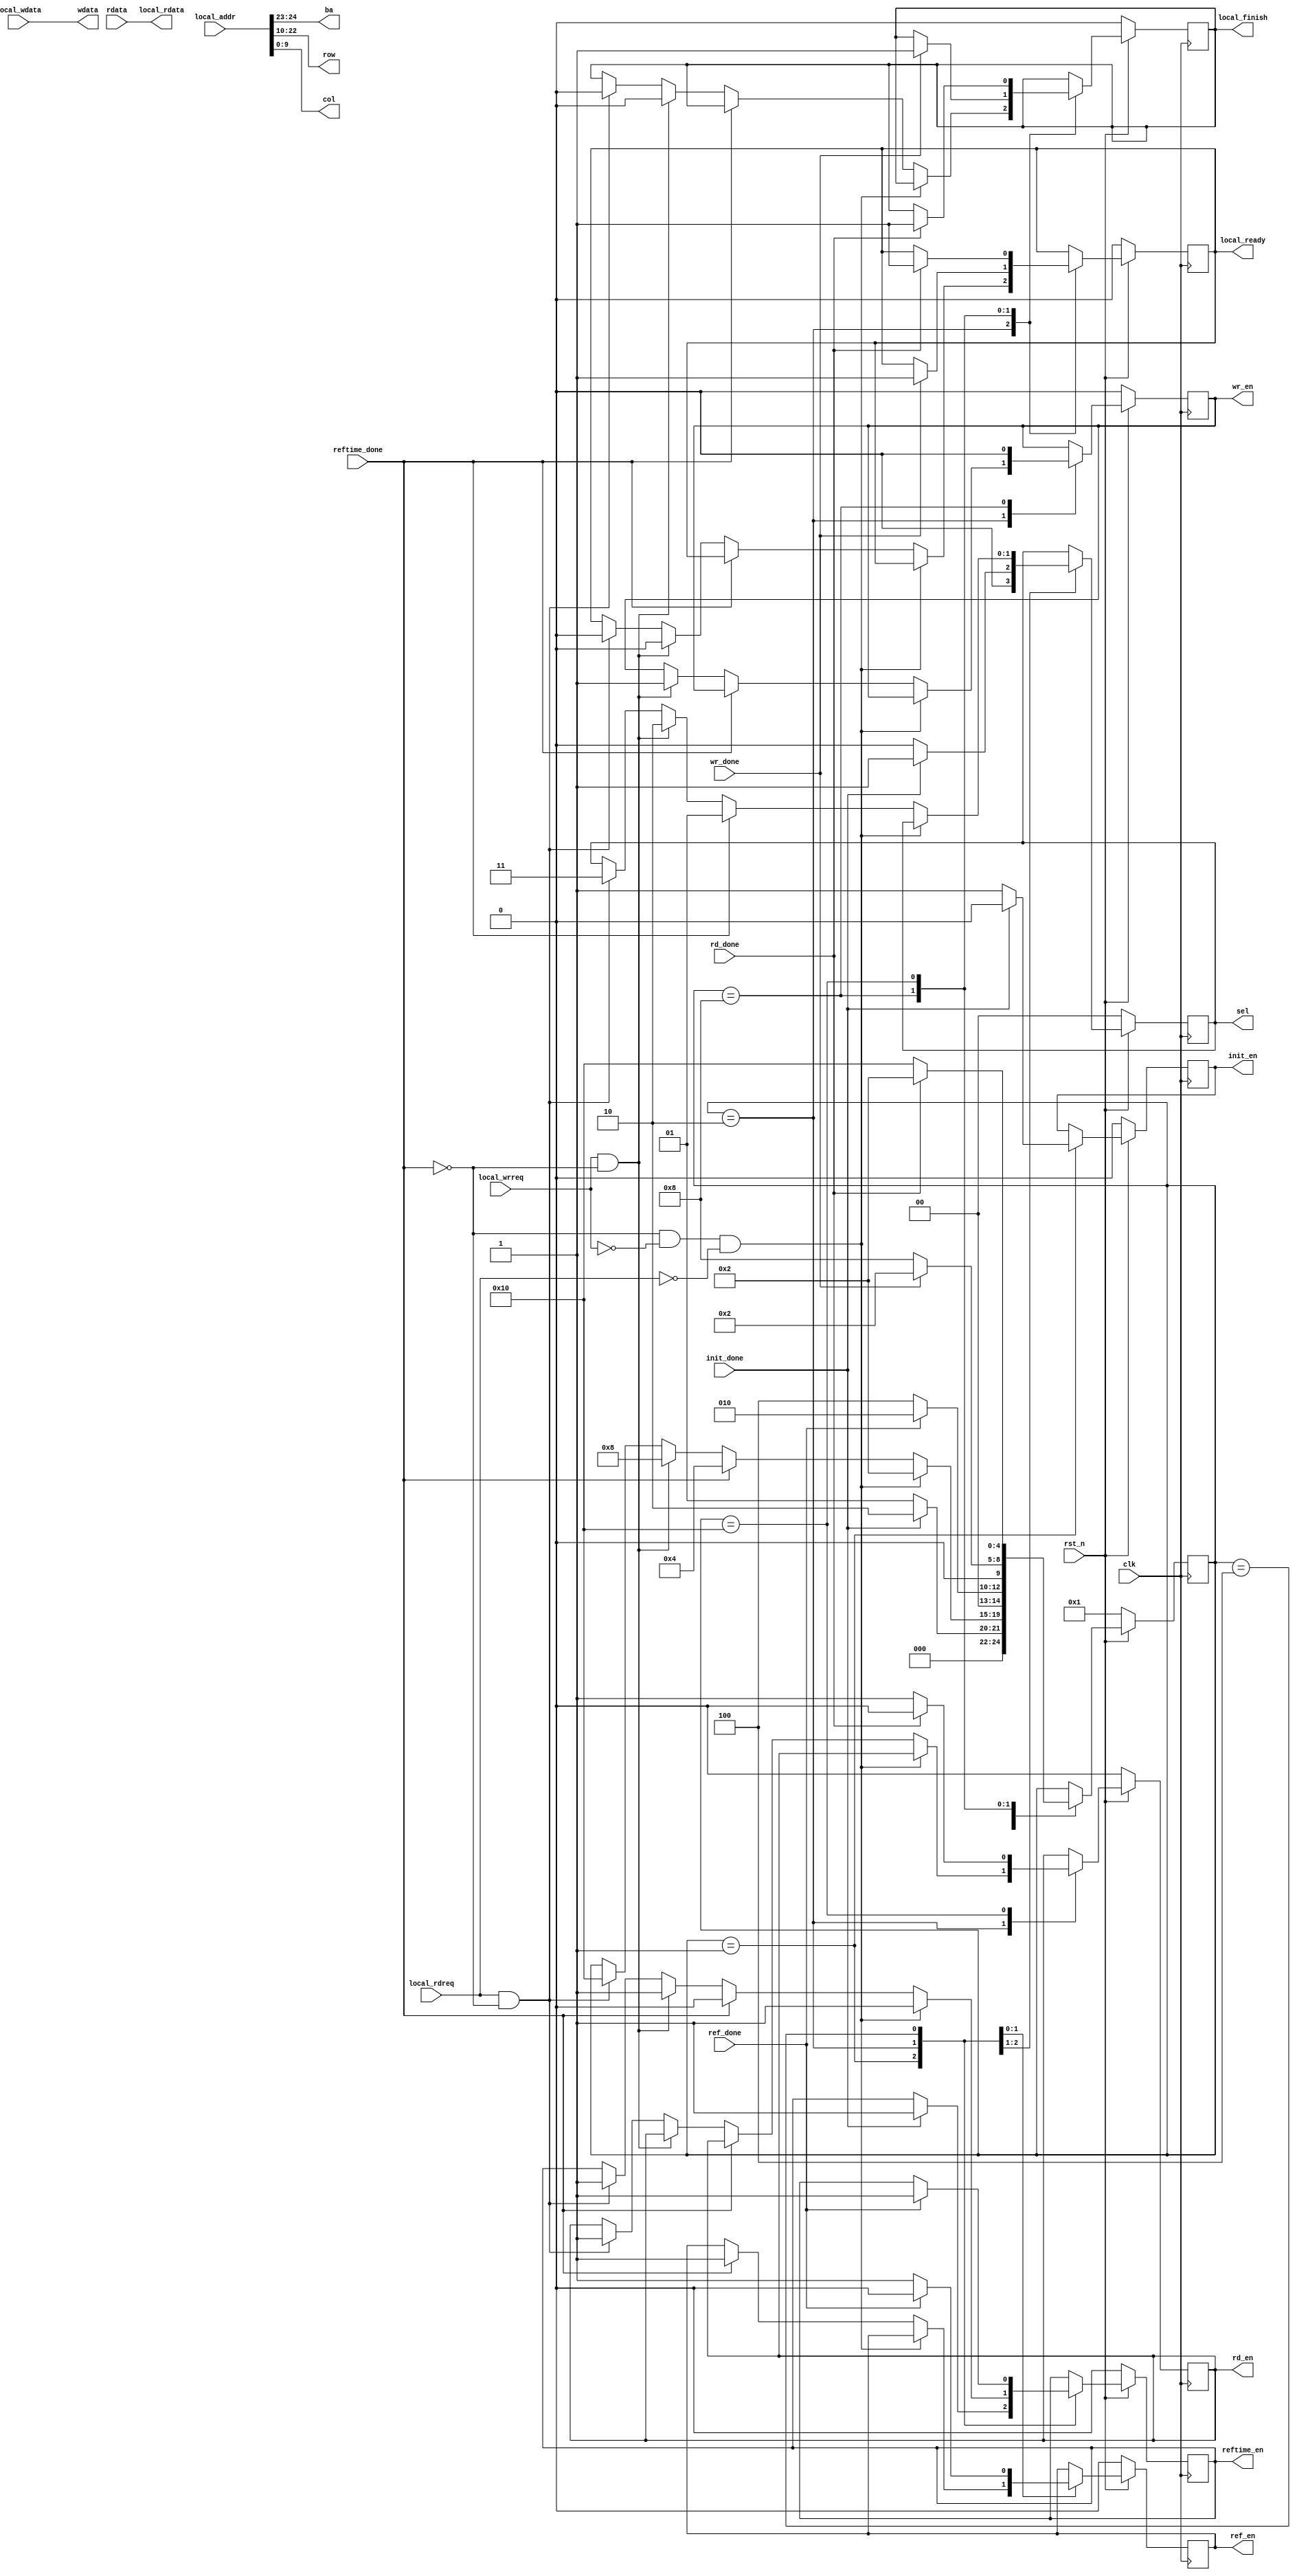
// *********************************************************************************
// Project Name : sdram_controller
// Module Name  : sdram_fsm_controller
// Description  : controller for SDRAM
// *********************************************************************************
// Modification History:
// Date         By              Version                 Change Description
// -----------------------------------------------------------------------
// 2019/6/17    YYB           1.0                     Original
// 2019/6/18	YYB			  2.0					  Original 
// *********************************************************************************
`timescale      1ns/1ns

module sdram_fsm_controller (
	input					clk			, 
	input					rst_n		,
	input					init_done   ,
	input					ref_done	,
	input					reftime_done,
	input					wr_done		,
	input					rd_done		,
	output		reg	[1:0]	sel			,
	output		reg			init_en		,
	output		reg			ref_en		,
	output		reg			reftime_en  ,
	output		reg			wr_en		,
	output		reg			rd_en		,
	input			[24:0]	local_addr	,
	input			[31:0]	local_wdata	,
	input					local_rdreq	,
	input					local_wrreq	,
	output		reg			local_ready	,
	output		reg			local_finish,
	output			[31:0]	local_rdata	,
	output			[1:0]	ba			,
	output			[12:0]	row			,
	output			[9:0]	col 		,
	input			[31:0]	rdata		,
	output			[31:0]	wdata
);
	
	reg [4:0] state;
	//========================================================================\
	// =========== Define Parameter and Internal signals =========== 
	//========================================================================/
	localparam			S0		=	5'b00001 ;
	localparam			S1		=	5'b00010 ;
	localparam			S2		=	5'b00100 ;
	localparam			S3		=	5'b01000 ;
	localparam			S4		=	5'b10000 ;
	localparam			INIT	=	0 ;
	localparam			REF		=	1 ;
	localparam			WR		=	2 ;
	localparam			RD		=	3 ;
	//=============================================================================
	//****************************     Main Code    *******************************
	//=============================================================================
	//ba,row,col are part of local_addr
	assign {ba,row,col} = local_addr;
	assign wdata = local_wdata;
	assign local_rdata = rdata;

	always @ (posedge clk)
	if(rst_n == 1'b0) begin
		init_en <= 0;
		ref_en <= 0;
        reftime_en <= 0;
        wr_en <= 0;
        rd_en <= 0;
        sel <= INIT;
        local_ready <= 0;
        local_finish <= 0;
        state <= S0;
	end
	else begin
	   case (state) 
	        S0:
	        	if (!init_done) begin
	        	    init_en <= 1;
	        	    sel <= INIT;
	        	    state <= S0;
	        	end
	        	else begin
	        	    init_en <= 0;
	        	    reftime_en <= 1;
	        	    sel <= REF;
	        	    state <= S1;
	        	end
	        S1:
	        	if (!reftime_done && !local_wrreq && !local_rdreq) begin
	        	    reftime_en <= 1;
	        	    state <= S1;
	        	end
	        	else if(reftime_done) begin
	        	    ref_en <= 1;
	        	    reftime_en <= 0;
	        	    sel <= REF;
	        	    state <= S2;		
	        	end
	        	else if(local_wrreq && !reftime_done) begin
	        		sel <= WR;
	        		local_ready <= 0;
	        		local_finish <= 0;
	        		reftime_en <= 1;
	        		wr_en <= 1;
	        		state <= S3;
	        	end
	        	else if(local_rdreq && !reftime_done) begin
	        		sel <= RD;
	        		local_finish <= 0;
	        		local_ready <= 0;
	        		reftime_en <= 1;
	        		rd_en <= 1;
	        		state <= S4;
	        	end
	        S2:
	        	if (!ref_done) begin
	        	    ref_en <= 1;
	        	    state <= S2;
	        	end
	        	else begin
	        	    reftime_en <= 1;
	        	    ref_en <= 0;
	        	    state <= S1;
	        	end
	        S3:
	        	if (!wr_done) begin
	        	    // wr_en <= 1;
	        	    wr_en <= 0;
	        	    state <= S3;
	        	end
	        	else begin
	        	    local_ready <= 1;
	        	    local_finish <= 1;
	        	    wr_en <= 0;
	        	    state <= S1;
	        	end
	        S4:
	        	if (!rd_done) begin
	        	    rd_en <= 1;
	        	    // rd_en <= 0;
	        	    state <= S4;
	        	end
	        	else begin
	        	    local_ready <= 1;
	        	    local_finish <= 1;
	        	    rd_en <= 0;
	        	    state <= S1;
	        	end
	    endcase 
	end
    
endmodule